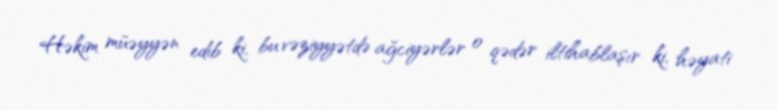
Həkim müəyyən edib ki, bu vəziyyətdə ağciyərlər o qədər iltihablaşır ki, həyati